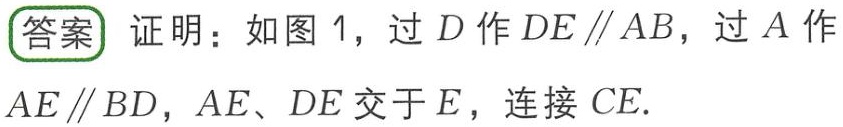
答案 证明：如图 1，过 \(D\) 作 \(DE\parallel AB\)，过 \(A\) 作 \(AE\parallel BD\)，\(AE\)、\(DE\) 交于 \(E\)，连接 \(CE\).